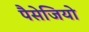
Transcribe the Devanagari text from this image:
पैसेजियो